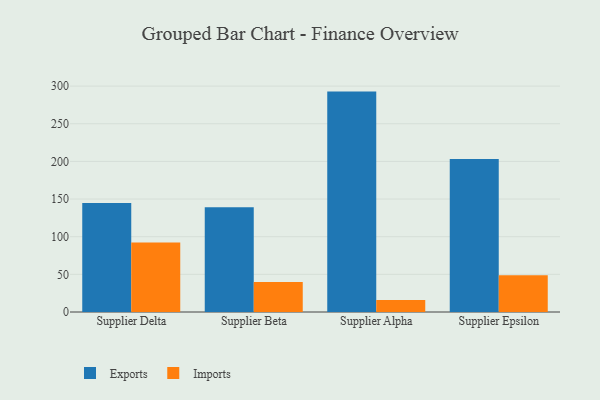
{"axis": {"x": "Supplier", "y": "Budget (USD K)"}, "legend": ["Exports", "Imports"], "data": [{"x": "Supplier Delta", "y": 144.8, "type": "Exports"}, {"x": "Supplier Delta", "y": 92.3, "type": "Imports"}, {"x": "Supplier Beta", "y": 139.2, "type": "Exports"}, {"x": "Supplier Beta", "y": 40.0, "type": "Imports"}, {"x": "Supplier Alpha", "y": 292.7, "type": "Exports"}, {"x": "Supplier Alpha", "y": 15.9, "type": "Imports"}, {"x": "Supplier Epsilon", "y": 203.1, "type": "Exports"}, {"x": "Supplier Epsilon", "y": 48.8, "type": "Imports"}]}